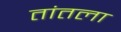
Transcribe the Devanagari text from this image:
तांतला